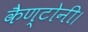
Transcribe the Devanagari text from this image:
कैण्टोनी।